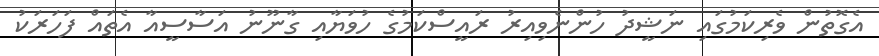
އެގޮތުން ވެރިކަމުގައި ނަޝީދު ހުންނެވިއިރު ރައީސްކަމުގެ ހުވަޔާއި ގާނޫނު އަސާސީއާ އެތައް ފަހަރަކު